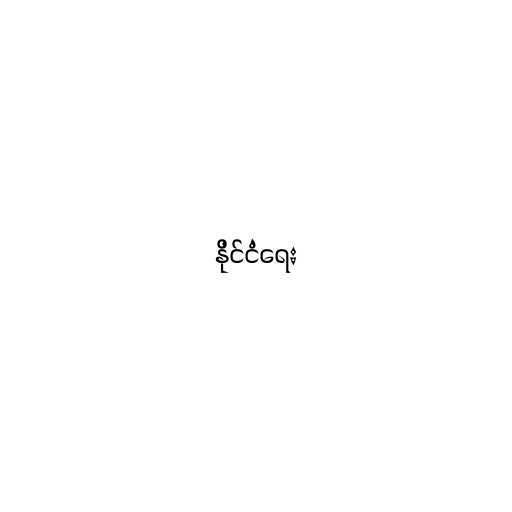
နိုင်ငံရေး